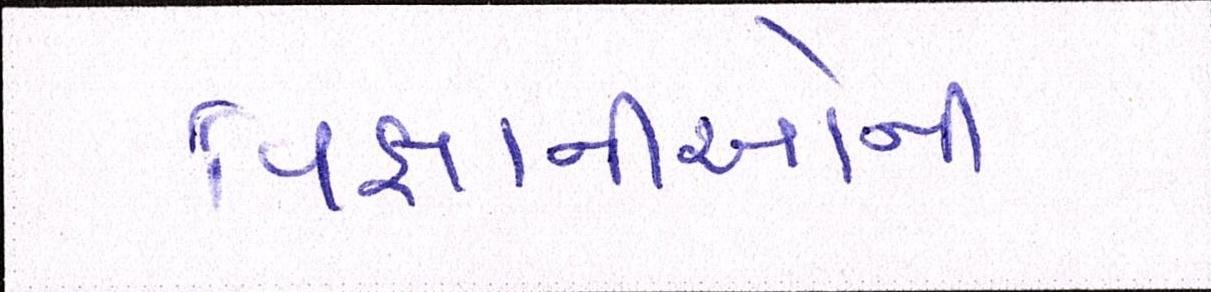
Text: વિજ્ઞાનીઓની